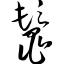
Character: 鬣